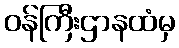
ဝန်ကြီးဌာနထံမှ